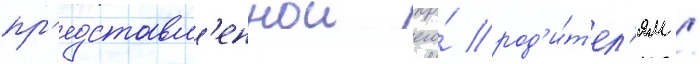
пр'едставл'еннои его́ род'и́т'ел'ям /